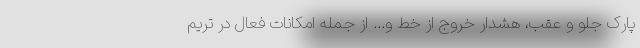
پارک جلو و عقب، هشدار خروج از خط و... از جمله امکانات فعال در تریم